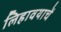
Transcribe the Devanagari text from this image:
लिहावयाचें